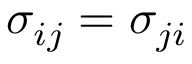
\sigma _ { i j } = \sigma _ { j i }